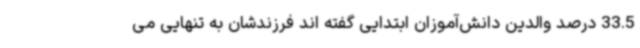
33.5 درصد والدین دانش‌آموزان ابتدایی گفته اند فرزندشان به تنهایی می